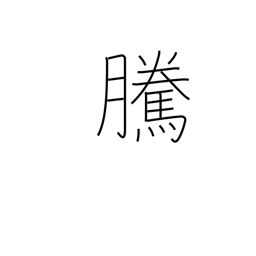
Meaning: going